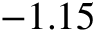
- 1 . 1 5